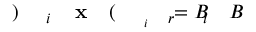
B \! \! \! \! \! \! \! \! \! \! \! \! _ { i } \! \! \! \! \! \! \! \! \! \! \! \! = B \! \! \! \! \! \! \! \! \! \! \! \! _ { r \! \! \! \! \! \! \! \! \! \! \! \! _ { i } } \! \! \! \! \! \! \! \! \! \! \! \! ( \! \! \! \! \! \! \! \! \! \! \! \! \mathbf { x } \! \! \! \! \! \! \! \! \! \! \! \! _ { i } \! \! \! \! \! \! \! \! \! \! \! \! ) \! \! \! \! \! \! \! \! \! \! \!